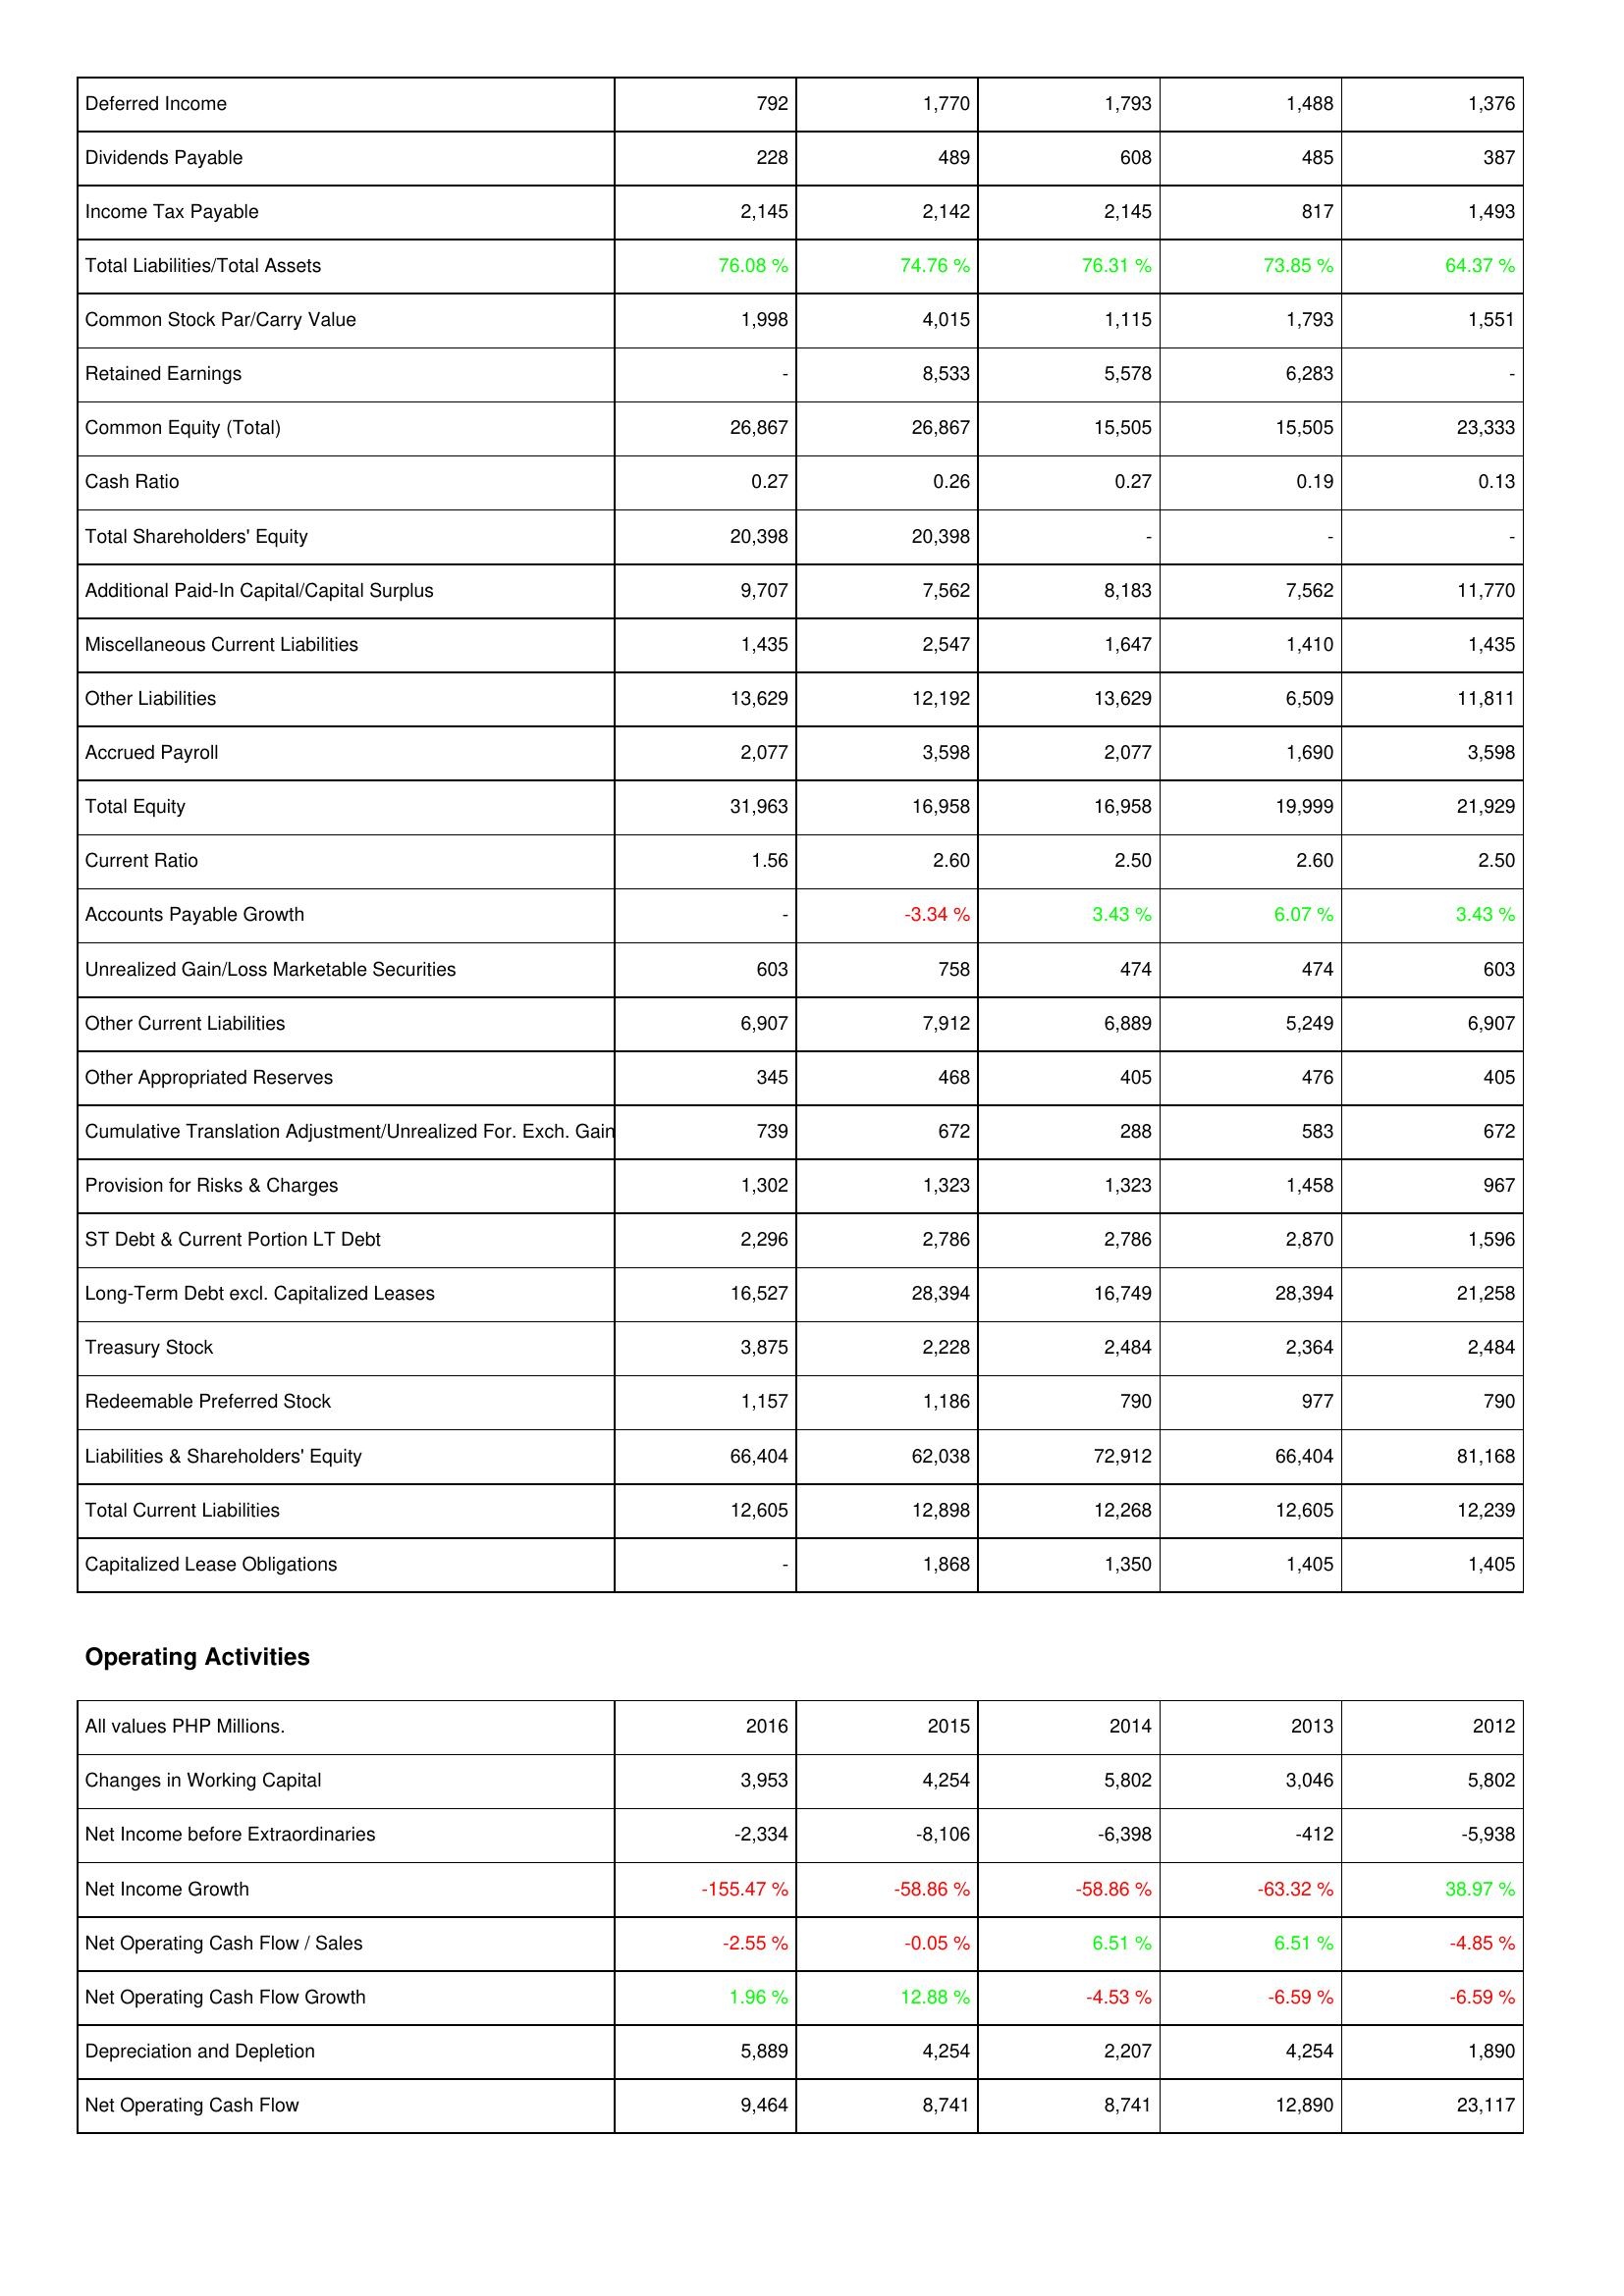
2016: Liabilities & Shareholders' Equity: Deferred Income: 792
Dividends Payable: 228
Income Tax Payable: 2,145
Total Liabilities/Total Assets: 76.08 %
Common Stock Par/Carry Value: 1,998
Retained Earnings: -
Common Equity (Total): 26,867
Cash Ratio: 0.27
Total Shareholders' Equity: 20,398
Additional Paid-In Capital/Capital Surplus: 9,707
Miscellaneous Current Liabilities: 1,435
Other Liabilities: 13,629
Accrued Payroll: 2,077
Total Equity: 31,963
Current Ratio: 1.56
Accounts Payable Growth: -
Unrealized Gain/Loss Marketable Securities: 603
Other Current Liabilities: 6,907
Other Appropriated Reserves: 345
Cumulative Translation Adjustment/Unrealized For. Exch. Gain: 739
Provision for Risks & Charges: 1,302
ST Debt & Current Portion LT Debt: 2,296
Long-Term Debt excl. Capitalized Leases: 16,527
Treasury Stock: 3,875
Redeemable Preferred Stock: 1,157
Liabilities & Shareholders' Equity: 66,404
Total Current Liabilities: 12,605
Capitalized Lease Obligations: -
Operating Activities: Changes in Working Capital: 3,953
Net Income before Extraordinaries: -2,334
Net Income Growth: -155.47 %
Net Operating Cash Flow / Sales: -2.55 %
Net Operating Cash Flow Growth: 1.96 %
Depreciation and Depletion: 5,889
Net Operating Cash Flow: 9,464
2015: Liabilities & Shareholders' Equity: Deferred Income: 1,770
Dividends Payable: 489
Income Tax Payable: 2,142
Total Liabilities/Total Assets: 74.76 %
Common Stock Par/Carry Value: 4,015
Retained Earnings: 8,533
Common Equity (Total): 26,867
Cash Ratio: 0.26
Total Shareholders' Equity: 20,398
Additional Paid-In Capital/Capital Surplus: 7,562
Miscellaneous Current Liabilities: 2,547
Other Liabilities: 12,192
Accrued Payroll: 3,598
Total Equity: 16,958
Current Ratio: 2.60
Accounts Payable Growth: -3.34 %
Unrealized Gain/Loss Marketable Securities: 758
Other Current Liabilities: 7,912
Other Appropriated Reserves: 468
Cumulative Translation Adjustment/Unrealized For. Exch. Gain: 672
Provision for Risks & Charges: 1,323
ST Debt & Current Portion LT Debt: 2,786
Long-Term Debt excl. Capitalized Leases: 28,394
Treasury Stock: 2,228
Redeemable Preferred Stock: 1,186
Liabilities & Shareholders' Equity: 62,038
Total Current Liabilities: 12,898
Capitalized Lease Obligations: 1,868
Operating Activities: Changes in Working Capital: 4,254
Net Income before Extraordinaries: -8,106
Net Income Growth: -58.86 %
Net Operating Cash Flow / Sales: -0.05 %
Net Operating Cash Flow Growth: 12.88 %
Depreciation and Depletion: 4,254
Net Operating Cash Flow: 8,741
2014: Liabilities & Shareholders' Equity: Deferred Income: 1,793
Dividends Payable: 608
Income Tax Payable: 2,145
Total Liabilities/Total Assets: 76.31 %
Common Stock Par/Carry Value: 1,115
Retained Earnings: 5,578
Common Equity (Total): 15,505
Cash Ratio: 0.27
Total Shareholders' Equity: -
Additional Paid-In Capital/Capital Surplus: 8,183
Miscellaneous Current Liabilities: 1,647
Other Liabilities: 13,629
Accrued Payroll: 2,077
Total Equity: 16,958
Current Ratio: 2.50
Accounts Payable Growth: 3.43 %
Unrealized Gain/Loss Marketable Securities: 474
Other Current Liabilities: 6,889
Other Appropriated Reserves: 405
Cumulative Translation Adjustment/Unrealized For. Exch. Gain: 288
Provision for Risks & Charges: 1,323
ST Debt & Current Portion LT Debt: 2,786
Long-Term Debt excl. Capitalized Leases: 16,749
Treasury Stock: 2,484
Redeemable Preferred Stock: 790
Liabilities & Shareholders' Equity: 72,912
Total Current Liabilities: 12,268
Capitalized Lease Obligations: 1,350
Operating Activities: Changes in Working Capital: 5,802
Net Income before Extraordinaries: -6,398
Net Income Growth: -58.86 %
Net Operating Cash Flow / Sales: 6.51 %
Net Operating Cash Flow Growth: -4.53 %
Depreciation and Depletion: 2,207
Net Operating Cash Flow: 8,741
2013: Liabilities & Shareholders' Equity: Deferred Income: 1,488
Dividends Payable: 485
Income Tax Payable: 817
Total Liabilities/Total Assets: 73.85 %
Common Stock Par/Carry Value: 1,793
Retained Earnings: 6,283
Common Equity (Total): 15,505
Cash Ratio: 0.19
Total Shareholders' Equity: -
Additional Paid-In Capital/Capital Surplus: 7,562
Miscellaneous Current Liabilities: 1,410
Other Liabilities: 6,509
Accrued Payroll: 1,690
Total Equity: 19,999
Current Ratio: 2.60
Accounts Payable Growth: 6.07 %
Unrealized Gain/Loss Marketable Securities: 474
Other Current Liabilities: 5,249
Other Appropriated Reserves: 476
Cumulative Translation Adjustment/Unrealized For. Exch. Gain: 583
Provision for Risks & Charges: 1,458
ST Debt & Current Portion LT Debt: 2,870
Long-Term Debt excl. Capitalized Leases: 28,394
Treasury Stock: 2,364
Redeemable Preferred Stock: 977
Liabilities & Shareholders' Equity: 66,404
Total Current Liabilities: 12,605
Capitalized Lease Obligations: 1,405
Operating Activities: Changes in Working Capital: 3,046
Net Income before Extraordinaries: -412
Net Income Growth: -63.32 %
Net Operating Cash Flow / Sales: 6.51 %
Net Operating Cash Flow Growth: -6.59 %
Depreciation and Depletion: 4,254
Net Operating Cash Flow: 12,890
2012: Liabilities & Shareholders' Equity: Deferred Income: 1,376
Dividends Payable: 387
Income Tax Payable: 1,493
Total Liabilities/Total Assets: 64.37 %
Common Stock Par/Carry Value: 1,551
Retained Earnings: -
Common Equity (Total): 23,333
Cash Ratio: 0.13
Total Shareholders' Equity: -
Additional Paid-In Capital/Capital Surplus: 11,770
Miscellaneous Current Liabilities: 1,435
Other Liabilities: 11,811
Accrued Payroll: 3,598
Total Equity: 21,929
Current Ratio: 2.50
Accounts Payable Growth: 3.43 %
Unrealized Gain/Loss Marketable Securities: 603
Other Current Liabilities: 6,907
Other Appropriated Reserves: 405
Cumulative Translation Adjustment/Unrealized For. Exch. Gain: 672
Provision for Risks & Charges: 967
ST Debt & Current Portion LT Debt: 1,596
Long-Term Debt excl. Capitalized Leases: 21,258
Treasury Stock: 2,484
Redeemable Preferred Stock: 790
Liabilities & Shareholders' Equity: 81,168
Total Current Liabilities: 12,239
Capitalized Lease Obligations: 1,405
Operating Activities: Changes in Working Capital: 5,802
Net Income before Extraordinaries: -5,938
Net Income Growth: 38.97 %
Net Operating Cash Flow / Sales: -4.85 %
Net Operating Cash Flow Growth: -6.59 %
Depreciation and Depletion: 1,890
Net Operating Cash Flow: 23,117